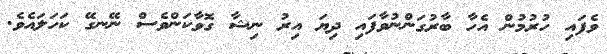
ވެފައި ހުރުމުން އެހާ ބާރުގަންނުވާފައި ދިޔަ އިރު ނިޝާ ގޮވާކަންވެސް ނޭނގޭ ކަހަލައެވެ.